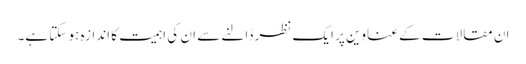
ان مقالات کے عناوین پر ایک نظر ڈالنے سے ان کی اہمیت کا اندازہ ہو سکتا ہے۔